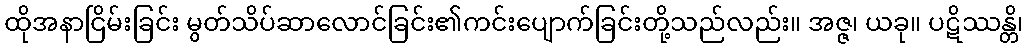
ထိုအနာငြိမ်းခြင်း မွတ်သိပ်ဆာလောင်ခြင်း၏ကင်းပျောက်ခြင်းတို့သည်လည်း။ အဇ္ဇ၊ ယခု။ ပဋိဿန္တိ၊